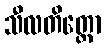
သီလတိတ္ထော